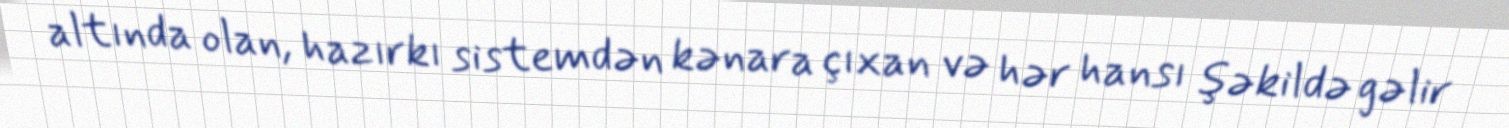
altında olan, hazırkı sistemdən kənara çıxan və hər hansı şəkildə gəlir